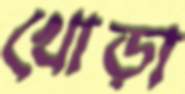
খোড়া